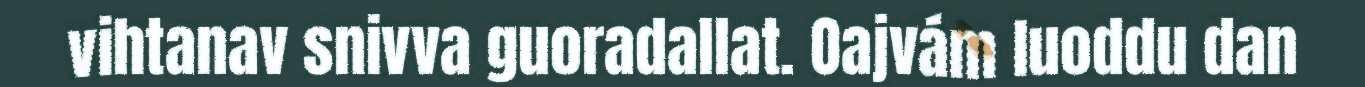
vihtanav snivva guoradallat. Oajvám luoddu dan